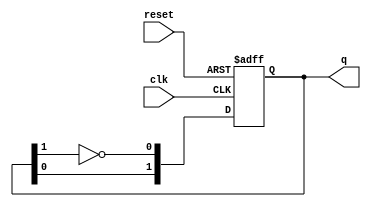
module JohnsonCounter #(
    parameter N = 2  // Parameter to define the width of the counter
)(
    input wire clk,          // Clock input
    input wire reset,        // Asynchronous reset
    output reg [N-1:0] q     // Output state of the counter
);

// Always block triggered on the clock edge and reset
always @(posedge clk or posedge reset) begin
    if (reset) begin
        q <= 0;  // Initialize counter to zero on reset
    end else begin
        // Shift the current state and feedback the inverted last bit
        q <= {q[N-2:0], ~q[N-1]};
    end
end

endmodule